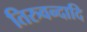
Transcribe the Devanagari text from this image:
तिरुवन्दादि